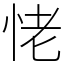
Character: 恅